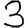
Digit: 3